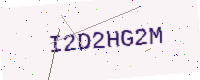
Text: I2D2HG2M